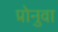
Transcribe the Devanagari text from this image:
प्रोनुवा